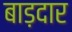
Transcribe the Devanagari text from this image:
बाड़दार